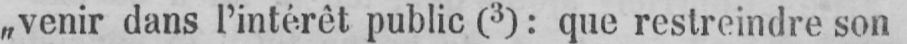
„venir dans l’intérêt public (3): que restreindre son